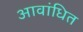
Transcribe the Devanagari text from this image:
आवांधित